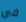
في